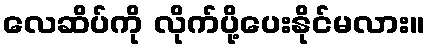
လေဆိပ်ကို လိုက်ပို့ပေးနိုင်မလား။